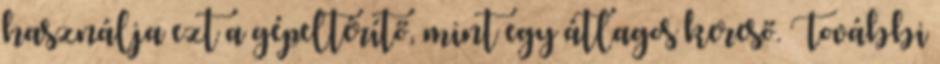
használja ezt a gépeltérítő, mint egy átlagos kereső. További